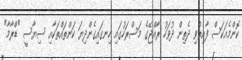
ކޮންމެއަކަސް ފާއިތުވި ދެތިން ދުވަހު ރާއްޖޭގެ މަސްރަހުގައި ހިނގައިގެންދިޔަ ކަންތައްތަކާއި ސިޔާސީ "ޑްރާމާ"